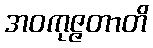
အဝကုဇ္ဇတာတိ